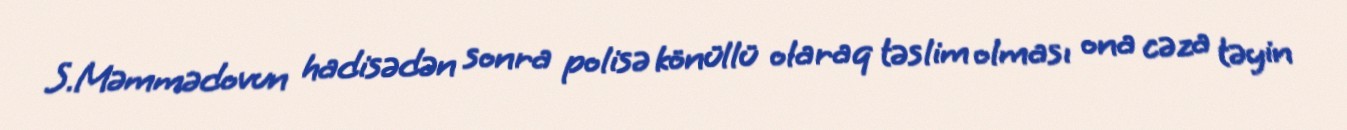
S.Məmmədovun hadisədən sonra polisə könüllü olaraq təslim olması ona cəza təyin